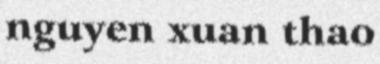
nguyen xuan thao